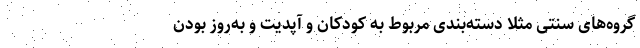
گروه‌های سنتی مثلا دسته‌بندی مربوط به کودکان و آپدیت و به‌روز بودن